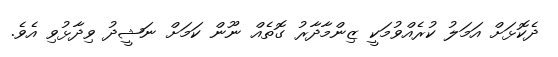
ދެކޮޅަށް އަމަލު ކުރެއްވުމަކީ ޒިންމާދާރު ގޮތެއް ނޫން ކަމަށް ނަޝީދު ވިދާޅުވި އެވެ.